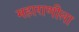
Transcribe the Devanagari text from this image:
महाराणीला